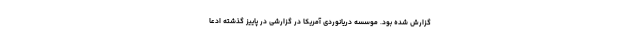
گزارش شده بود. موسسه دریانوردی آمریکا در گزارشی در پاییز گذشته ادعا